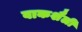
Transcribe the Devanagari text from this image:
वाकशैली